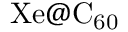
\mathrm { X e @ C _ { 6 0 } }